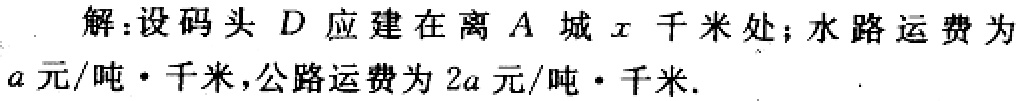
解：设码头\(D\)应建在离\(A\)城\(x\)千米处；水路运费为\(a\)元/吨·千米，公路运费为\(2a\)元/吨·千米.